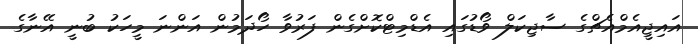
އައިޖީއެމްއެޗްގެ ސާޖިކަލް ވޯޑުގައި އެޑްމިޓްކޮށްގެން ފަރުވާ ހޯދަމުން އަންނަ މީހަކު ބުނީ އޭނާގެ